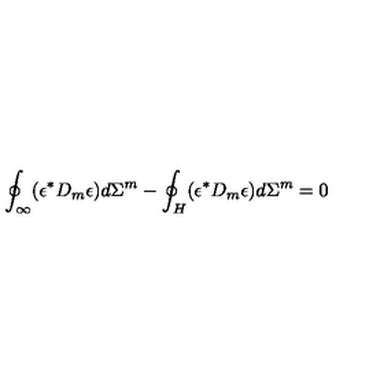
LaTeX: \oint _ { \infty } ( \epsilon ^ { \ast } D _ { m } \epsilon ) d \Sigma ^ { m } - \oint _ { H } ( \epsilon ^ { \ast } D _ { m } \epsilon ) d \Sigma ^ { m } = 0